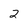
Character: 2